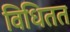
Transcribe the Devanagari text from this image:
विधितत